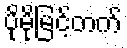
ပိုမိုမြင့်တက်